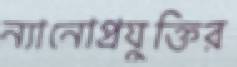
ন্যানোপ্রযুক্তির